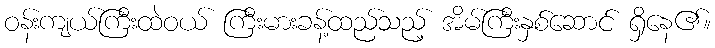
ဝန်းကျယ်ကြီးထဲဝယ် ကြီးမားခန့်ထည်သည့် အိမ်ကြီးနှစ်ဆောင် ရှိနေ၏။